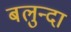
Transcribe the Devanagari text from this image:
बलुन्दा